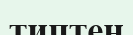
типтен